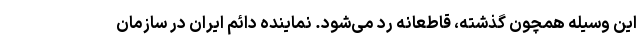
این وسیله همچون گذشته، قاطعانه رد می‌شود. نماینده دائم ایران در سازمان